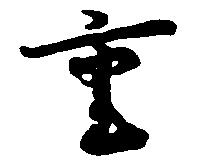
重